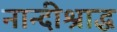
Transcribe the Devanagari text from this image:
नान्दीश्राद्ध